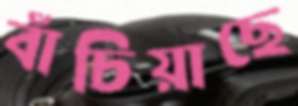
বাঁচিয়াছে